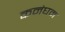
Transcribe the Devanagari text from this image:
कनंघम